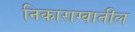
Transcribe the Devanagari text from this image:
निकाराग्वातील